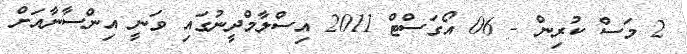
2 މަސް ކުރިން - 06 އޯގަސްޓް 2011 އިސްލާމްދީނުގައި ވަނީ އިންސާނާއަށް